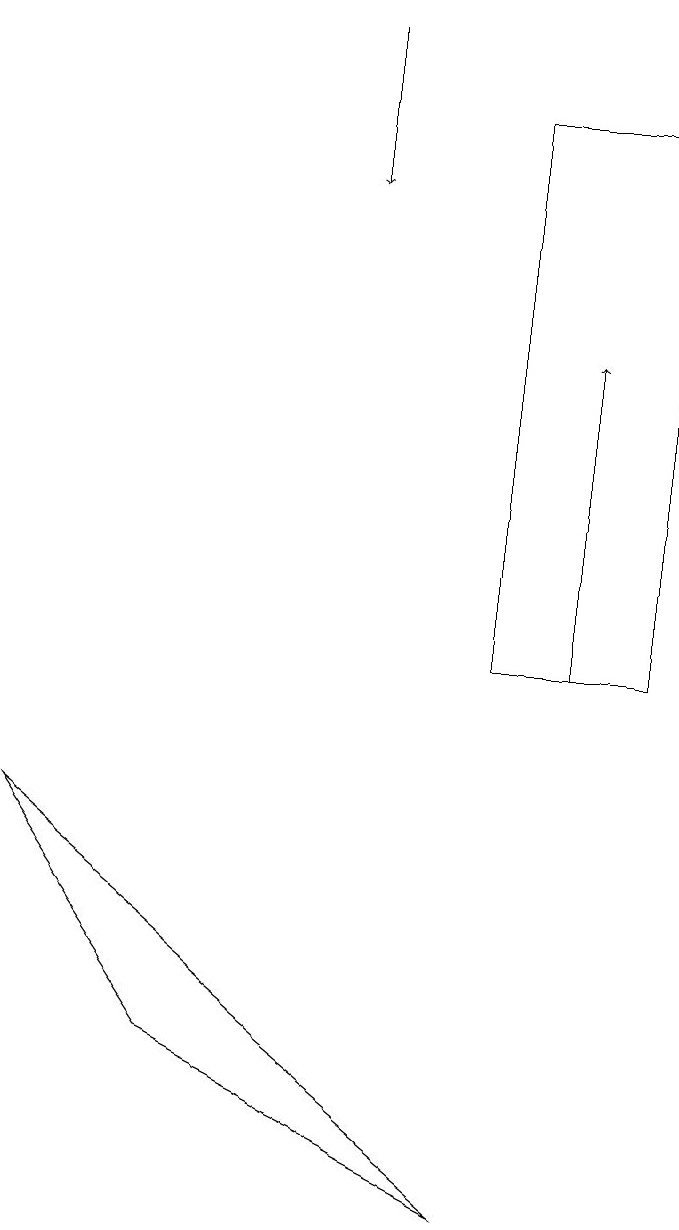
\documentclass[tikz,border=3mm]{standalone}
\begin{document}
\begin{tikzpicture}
\draw[->] (5,18) -- (5,16);
\draw (3,5) -- (1,8) -- (7,3) -- cycle;
\draw (7,17) rectangle (9,10);
\draw[->] (8,10) -- (8,14);
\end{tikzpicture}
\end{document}